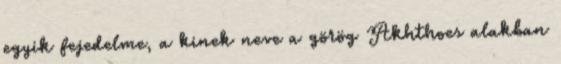
egyik fejedelme, a kinek neve a görög Akhthoes alakban